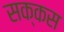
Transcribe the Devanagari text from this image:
सक्कस